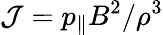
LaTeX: \mathcal{J}=p_{\| }B^{2}/\rho^{3}